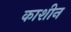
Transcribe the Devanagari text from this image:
काशीन